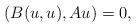
LaTeX: \begin{align*}(B(u,u),Au)=0,\end{align*}